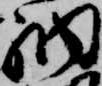
納